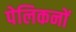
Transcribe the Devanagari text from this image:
पेलिकनों